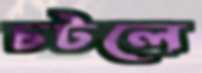
চটলে